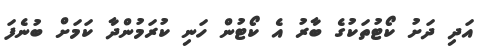
އަދި ދަށު ކޯޓުތަކުގެ ބާރު އެ ކޯޓުން ހަނި ކުރަމުންދާ ކަމަށް ބުނެފަ